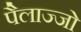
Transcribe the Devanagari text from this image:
पैलाज्जो